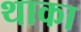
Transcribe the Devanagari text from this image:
थाका